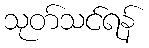
သုတ်သင်ရန်